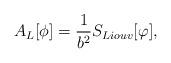
LaTeX: \begin{align*}A_L[\phi] = {1\over b^2} S_{Liouv}[\varphi],\end{align*}